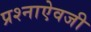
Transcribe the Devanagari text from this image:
प्रश्नाऐवजी